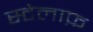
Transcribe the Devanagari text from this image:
स्टेलाफ़